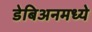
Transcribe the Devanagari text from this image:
डेबिअनमध्ये